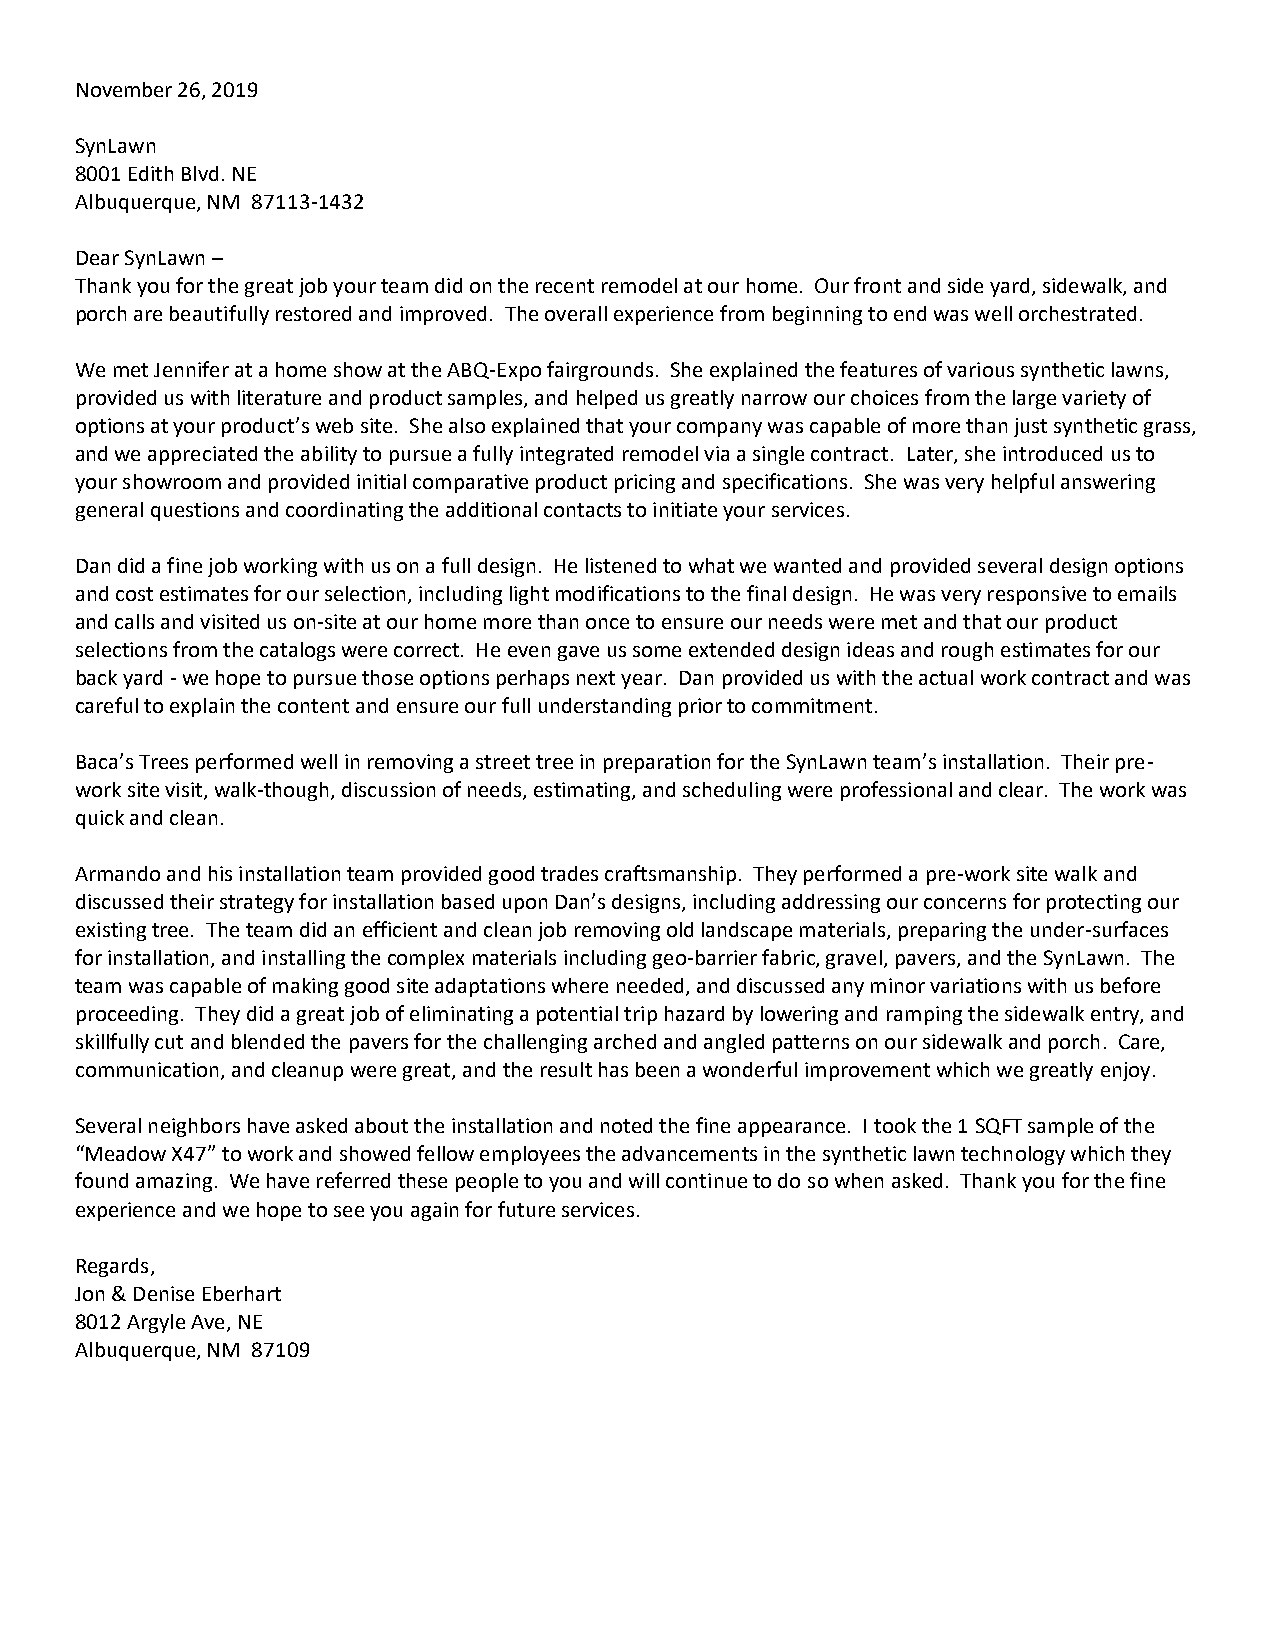
November 26, 2019
 SynLawn
 8001 Edith Blvd. NE
 Albuquerque, NM 87113-1432
 Dear SynLawn –
 Thank you for the great job your team did on the recent remodel at our home. Our front and side yard, sidewalk, and
 porch are beautifully restored and improved. The overall experience from beginning to end was well orchestrated.
 We met Jennifer at a home show at the ABQ-Expo fairgrounds. She explained the features of various synthetic lawns,
 provided us with literature and product samples, and helped us greatly narrow our choices from the large variety of
 options at your product’s web site. She also explained that your company was capable of more than just synthetic grass,
 and we appreciated the ability to pursue a fully integrated remodel via a single contract. Later, she introduced us to
 your showroom and provided initial comparative product pricing and specifications. She was very helpful answering
 general questions and coordinating the additional contacts to initiate your services.
 Dan did a fine job working with us on a full design. He listened to what we wanted and provided several design options
 and cost estimates for our selection, including light modifications to the final design. He was very responsive to emails
 and calls and visited us on-site at our home more than once to ensure our needs were met and that our product
 selections from the catalogs were correct. He even gave us some extended design ideas and rough estimates for our
 back yard - we hope to pursue those options perhaps next year. Dan provided us with the actual work contract and was
 careful to explain the content and ensure our full understanding prior to commitment.
 Baca’s Trees performed well in removing a street tree in preparation for the SynLawn team’s installation. Their pre-
 work site visit, walk-though, discussion of needs, estimating, and scheduling were professional and clear. The work was
 quick and clean.
 Armando and his installation team provided good trades craftsmanship. They performed a pre-work site walk and
 discussed their strategy for installation based upon Dan’s designs, including addressing our concerns for protecting our
 existing tree. The team did an efficient and clean job removing old landscape materials, preparing the under-surfaces
 for installation, and installing the complex materials including geo-barrier fabric, gravel, pavers, and the SynLawn. The
 team was capable of making good site adaptations where needed, and discussed any minor variations with us before
 proceeding. They did a great job of eliminating a potential trip hazard by lowering and ramping the sidewalk entry, and
 skillfully cut and blended the pavers for the challenging arched and angled patterns on our sidewalk and porch. Care,
 communication, and cleanup were great, and the result has been a wonderful improvement which we greatly enjoy.
 Several neighbors have asked about the installation and noted the fine appearance. I took the 1 SQFT sample of the
 “Meadow X47” to work and showed fellow employees the advancements in the synthetic lawn technology which they
 found amazing. We have referred these people to you and will continue to do so when asked. Thank you for the fine
 experience and we hope to see you again for future services.
 Regards,
 Jon & Denise Eberhart
 8012 Argyle Ave, NE
 Albuquerque, NM 87109